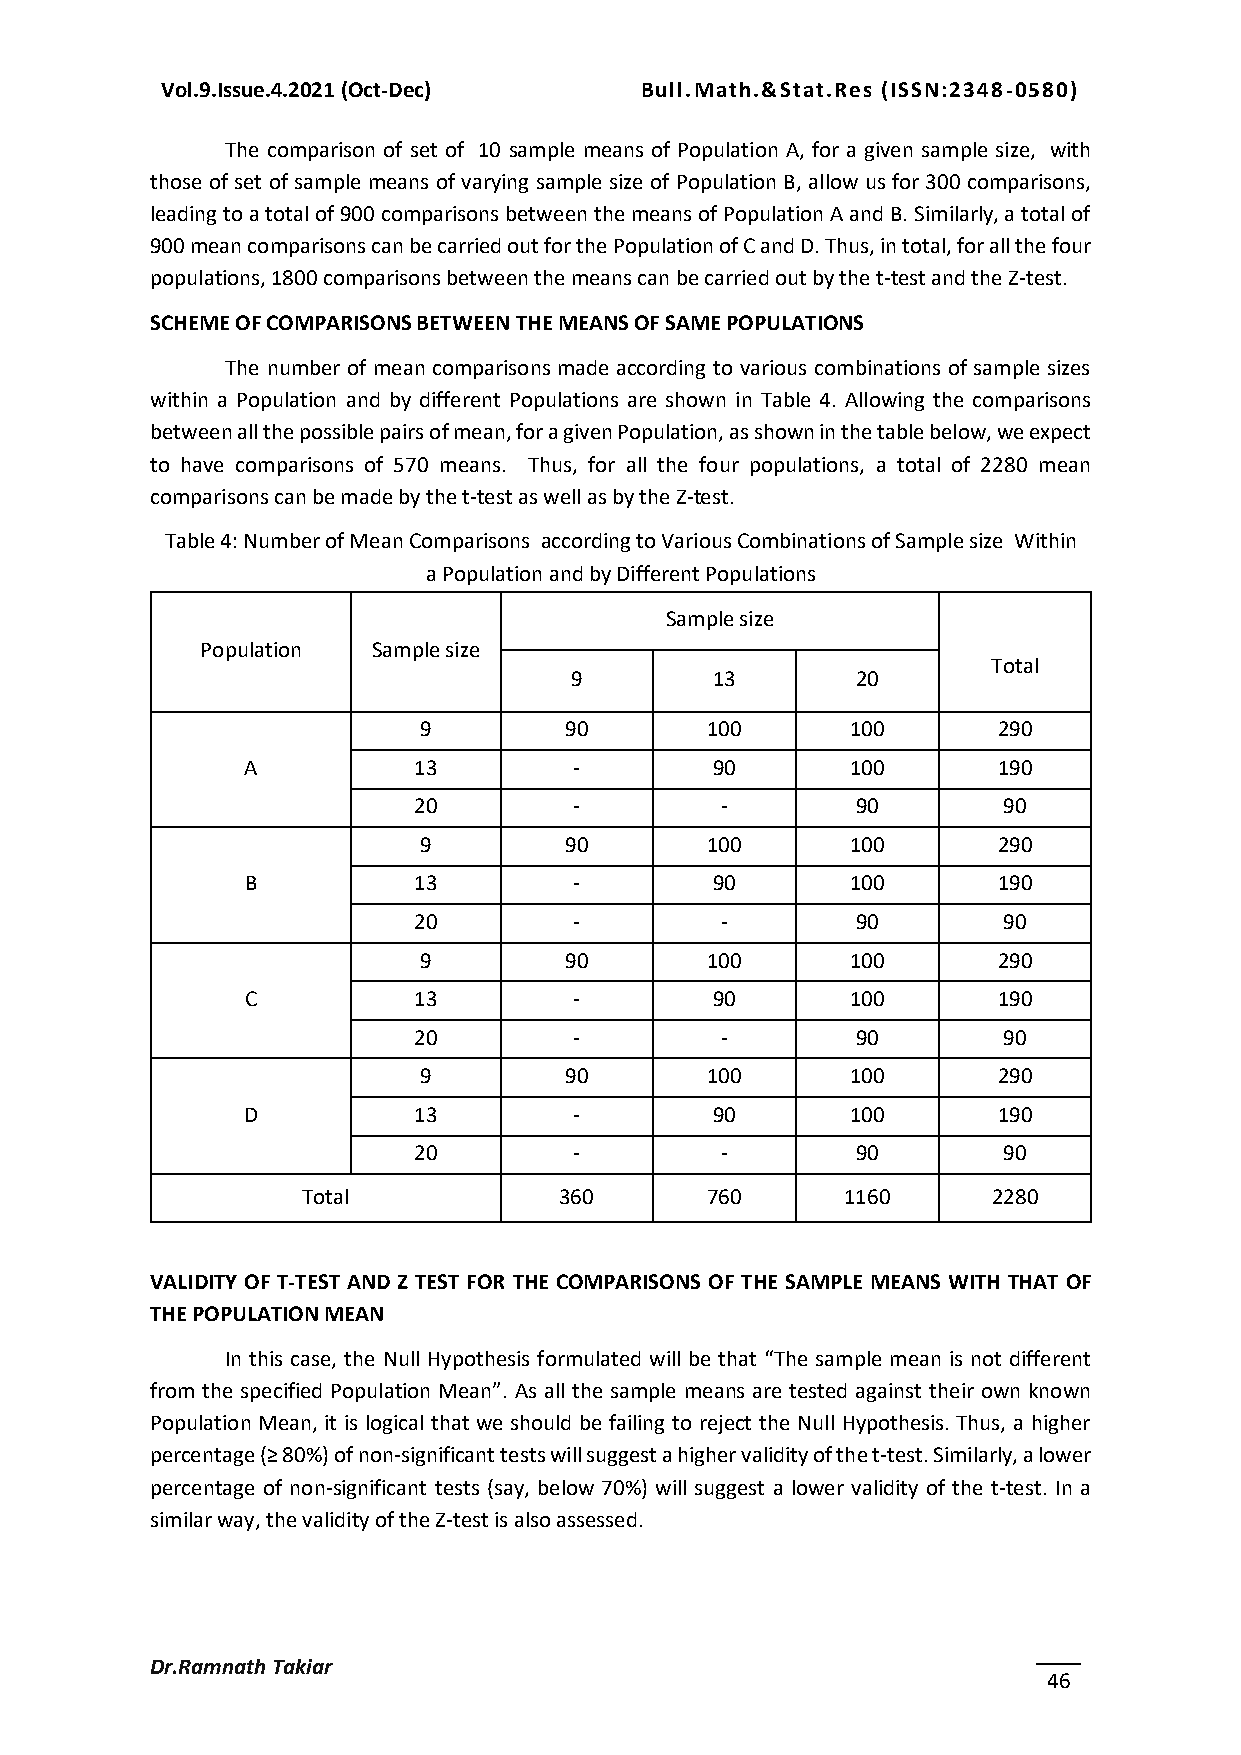
Vol.9.Issue.4.2021 (Oct-Dec)   Bull.Math.&Stat.Res (ISSN:2348-0580)
 The comparison of set of 10 sample means of Population A, for a given sample size, with
 those of set of sample means of varying sample size of Population B, allow us for 300 comparisons,
 leading to a total of 900 comparisons between the means of Population A and B. Similarly, a total of
 900 mean comparisons can be carried out for the Population of C and D. Thus, in total, for all the four
 populations, 1800 comparisons between the means can be carried out by the t-test and the Z-test.
 SCHEME OF COMPARISONS BETWEEN THE MEANS OF SAME POPULATIONS
 The number of mean comparisons made according to various combinations of sample sizes
 within a Population and by different Populations are shown in Table 4. Allowing the comparisons
 between all the possible pairs of mean, for a given Population, as shown in the table below, we expect
 to have comparisons of 570 means. Thus, for all the four populations, a total of 2280 mean
 comparisons can be made by the t-test as well as by the Z-test.
 Table 4: Number of Mean Comparisons according to Various Combinations of Sample size Within
 a Population and by Different Populations
 Sample size
 Population  Sample size
 Total
 9        13        20
 9        90        100      100       290
 A          13         -        90       100       190
 20         -         -        90       90
 9        90        100      100       290
 B          13         -        90       100       190
 20         -         -        90       90
 9        90        100      100       290
 C          13         -        90       100       190
 20         -         -        90       90
 9        90        100      100       290
 D          13         -        90       100       190
 20         -         -        90       90
 Total            360       760      1160      2280
 VALIDITY OF T-TEST AND Z TEST FOR THE COMPARISONS OF THE SAMPLE MEANS WITH THAT OF
 THE POPULATION MEAN
 In this case, the Null Hypothesis formulated will be that “The sample mean is not different
 from the specified Population Mean”. As all the sample means are tested against their own known
 Population Mean, it is logical that we should be failing to reject the Null Hypothesis. Thus, a higher
 percentage (≥ 80%) of non-significant tests will suggest a higher validity of the t-test. Similarly, a lower
 percentage of non-significant tests (say, below 70%) will suggest a lower validity of the t-test. In a
 similar way, the validity of the Z-test is also assessed.
 Dr.Ramnath Takiar
 46